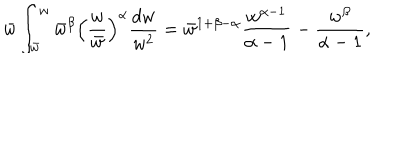
\bar { w } \int _ { \bar { w } } ^ { w } \bar { w } ^ { \beta } \left( { \frac { w } { \bar { w } } } \right) ^ { \alpha } { \frac { d w } { w ^ { 2 } } } = \bar { w } ^ { 1 + \beta - \alpha } { \frac { w ^ { \alpha - 1 } } { \alpha - 1 } } - { \frac { w ^ { \beta } } { \alpha - 1 } } ,